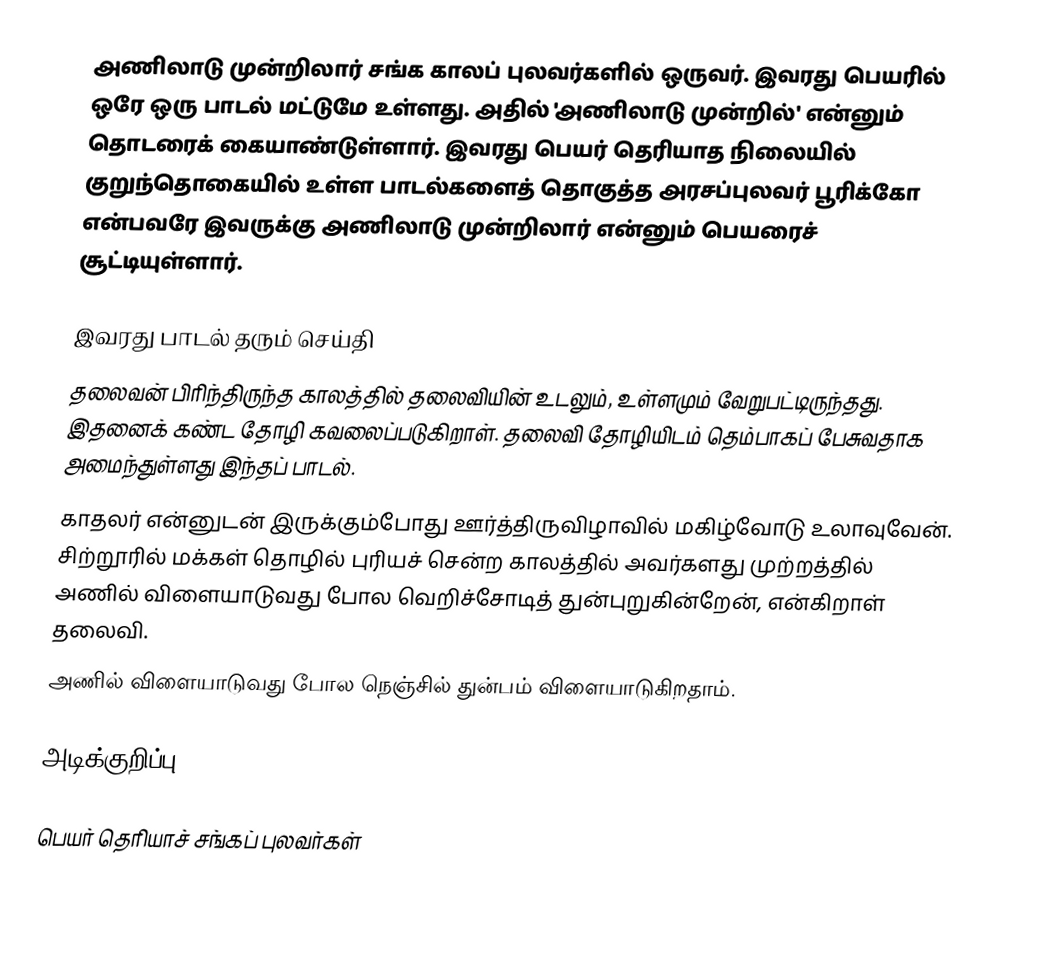
அணிலாடு முன்றிலார் சங்க காலப் புலவர்களில் ஒருவர். இவரது பெயரில் ஒரே ஒரு பாடல் மட்டுமே உள்ளது.  அதில் 'அணிலாடு முன்றில்' என்னும் தொடரைக் கையாண்டுள்ளார். இவரது பெயர் தெரியாத நிலையில் குறுந்தொகையில் உள்ள பாடல்களைத் தொகுத்த அரசப்புலவர் பூரிக்கோ என்பவரே இவருக்கு அணிலாடு முன்றிலார் என்னும் பெயரைச் சூட்டியுள்ளார்.

இவரது பாடல் தரும் செய்தி
 தலைவன் பிரிந்திருந்த காலத்தில் தலைவியின் உடலும், உள்ளமும் வேறுபட்டிருந்தது. இதனைக் கண்ட தோழி கவலைப்படுகிறாள். தலைவி தோழியிடம் தெம்பாகப் பேசுவதாக அமைந்துள்ளது இந்தப் பாடல்.
 காதலர் என்னுடன் இருக்கும்போது ஊர்த்திருவிழாவில் மகிழ்வோடு உலாவுவேன். சிற்றூரில் மக்கள் தொழில் புரியச் சென்ற காலத்தில் அவர்களது முற்றத்தில் அணில் விளையாடுவது போல வெறிச்சோடித் துன்புறுகின்றேன், என்கிறாள் தலைவி.
 அணில் விளையாடுவது போல நெஞ்சில் துன்பம் விளையாடுகிறதாம்.

அடிக்குறிப்பு

பெயர் தெரியாச் சங்கப் புலவர்கள்